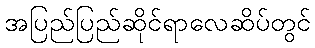
အပြည်ပြည်ဆိုင်ရာလေဆိပ်တွင်